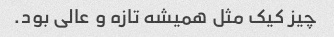
چیز کیک مثل همیشه تازه و عالی بود.